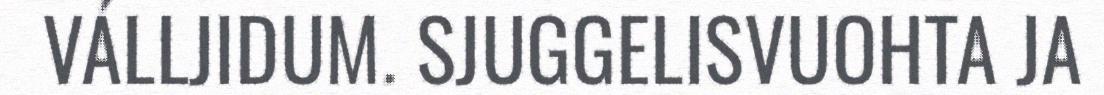
VÁLLJIDUM. SJUGGELISVUOHTA JA